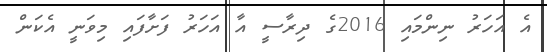
އެ އަހަރު ނިންމައި 2016ގެ ދިރާސީ އާ އަހަރު ފަށާފައި މިވަނީ އެކަން